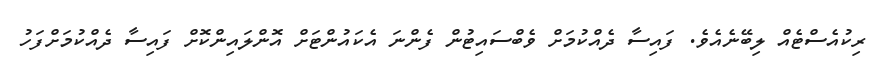
ރިކުއެސްޓެއް ލިބޭނެއެވެ. ފައިސާ ދެއްކުމަށް ވެބްސައިޓުން ފެންނަ އެކައުންޓަށް އޮންލައިންކޮށް ފައިސާ ދެއްކުމަށްފަހު